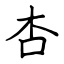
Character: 杏